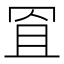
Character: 𦊨